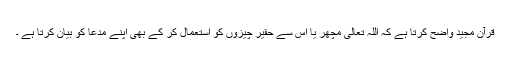
قرآن مجید واضح کرتا ہے کہ اللہ تعالیٰ مچھر یا اس سے حقیر چیزوں کو استعمال کر کے بھی اپنے مدعا کو بیان کرتا ہے ۔